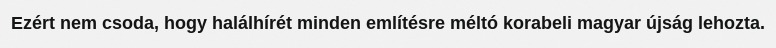
Ezért nem csoda, hogy halálhírét minden említésre méltó korabeli magyar újság lehozta.